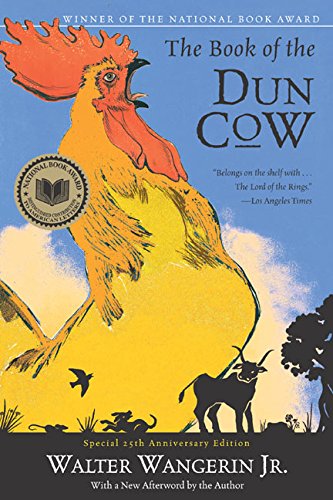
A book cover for The Book of the Dun Cow; Walter, Jr. Wangerin; Christian Books & Bibles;